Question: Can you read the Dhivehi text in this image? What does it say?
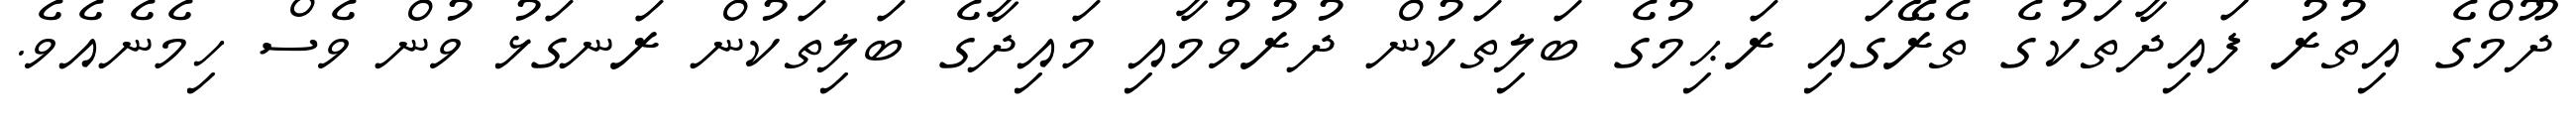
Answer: ދޫމްގެ އިތުރު ފައިދާތަކުގެ ތެރޭގައި ރަޙިމުގެ ބަލިތަކުން ދުރުވުމާއި މައިދާގެ ބަލިތަކުން ރަނގަޅު ވުން ވެސް ހިމެނެއެވެ.